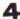
4